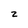
Character: z